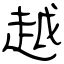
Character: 越